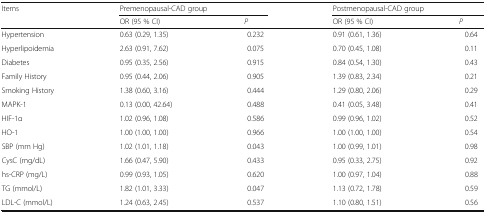
| <ROWSPAN=2> Items | <COLSPAN=2> Premenopausal-CAD group | <COLSPAN=2> Postmenopausal-CAD group |
 | OR (95 % CI) | P | OR (95 % CI) | P |
 | --- | --- | --- | --- | --- |
 | Hypertension | 0.63 (0.29, 1.35) | 0.232 | 0.91 (0.61, 1.36) | 0.64 |
 | Hyperlipoidemia | 2.63 (0.91, 7.62) | 0.075 | 0.70 (0.45, 1.08) | 0.11 |
 | Diabetes | 0.95 (0.35, 2.56) | 0.915 | 0.84 (0.54, 1.30) | 0.43 |
 | Family History | 0.95 (0.44, 2.06) | 0.905 | 1.39 (0.83, 2.34) | 0.21 |
 | Smoking History | 1.38 (0.60, 3.16) | 0.444 | 1.29 (0.80, 2.06) | 0.29 |
 | MAPK-1 | 0.13 (0.00, 42.64) | 0.488 | 0.41 (0.05, 3.48) | 0.41 |
 | HIF-1α | 1.02 (0.96, 1.08) | 0.586 | 0.99 (0.96, 1.02) | 0.52 |
 | HO-1 | 1.00 (1.00, 1.00) | 0.966 | 1.00 (1.00, 1.00) | 0.54 |
 | SBP (mm Hg) | 1.02 (1.01, 1.18) | 0.043 | 1.00 (0.99, 1.01) | 0.98 |
 | CysC (mg/dL) | 1.66 (0.47, 5.90) | 0.433 | 0.95 (0.33, 2.75) | 0.92 |
 | hs-CRP (mg/L) | 0.99 (0.93, 1.05) | 0.620 | 1.00 (0.97, 1.04) | 0.88 |
 | TG (mmol/L) | 1.82 (1.01, 3.33) | 0.047 | 1.13 (0.72, 1.78) | 0.59 |
 | LDL-C (mmol/L) | 1.24 (0.63, 2.45) | 0.537 | 1.10 (0.80, 1.51) | 0.56 |